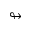
\looparrowright